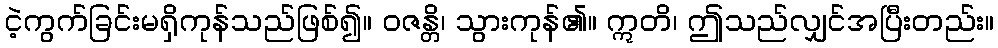
ငဲ့ကွက်ခြင်းမရှိကုန်သည်ဖြစ်၍။ ဝဇန္တိ၊ သွားကုန်၏။ ဣတိ၊ ဤသည်လျှင်အပြီးတည်း။